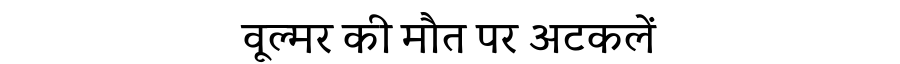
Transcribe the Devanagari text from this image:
वूल्मर की मौत पर अटकलें